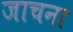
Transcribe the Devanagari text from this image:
जाचना